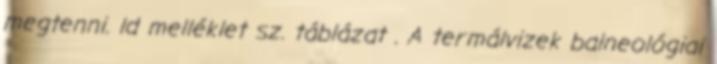
megtenni. ld melléklet sz. táblázat . A termálvizek balneológiai